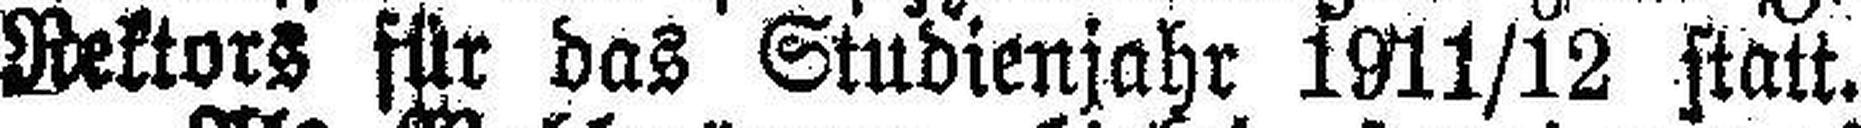
Rektors für das Studienjahr 1911/12 statt.